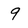
Character: 9